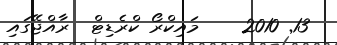
13